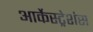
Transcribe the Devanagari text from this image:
आर्केस्ट्रेशंस